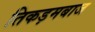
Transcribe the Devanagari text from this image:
तिकड़मबाज